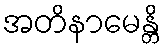
အတိနာမေန္တိ